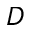
D